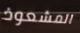
المشعوذ